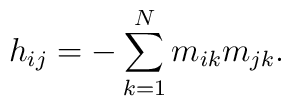
h_{ij}=-\sum_{k=1}^{N}m_{ik}m_{jk}.